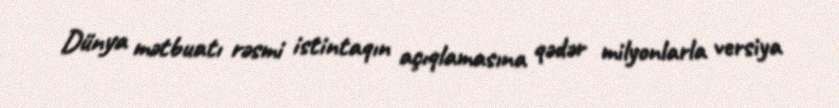
Dünya mətbuatı rəsmi istintaqın açıqlamasına qədər milyonlarla versiya